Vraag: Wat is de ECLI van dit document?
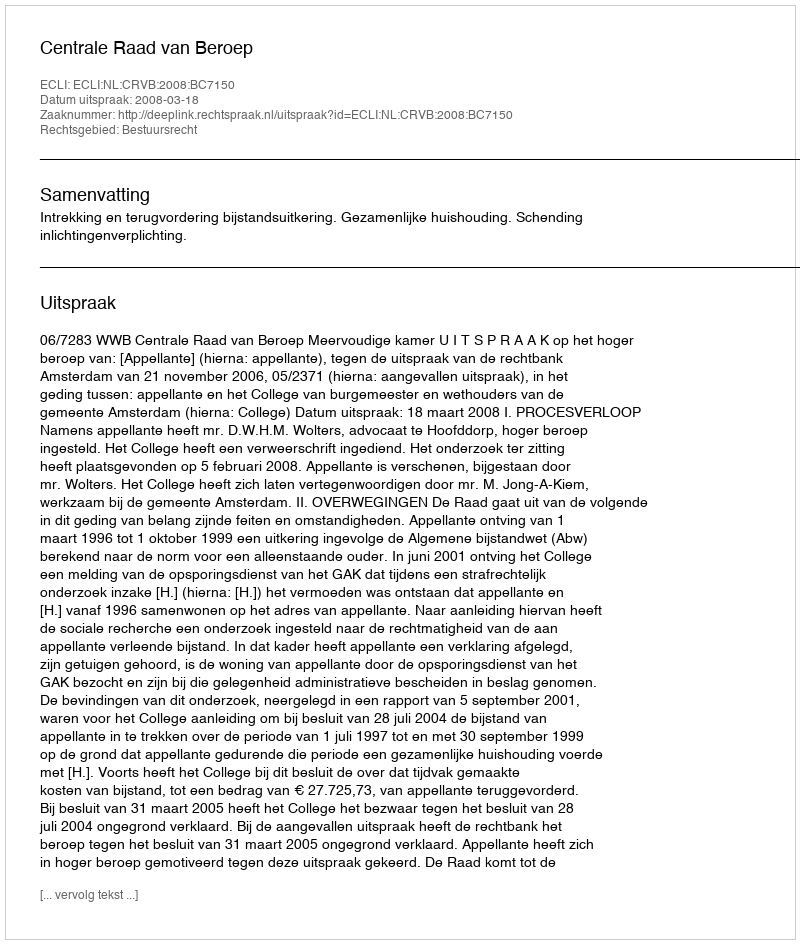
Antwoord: ECLI:NL:CRVB:2008:BC7150